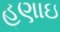
હણાઇ